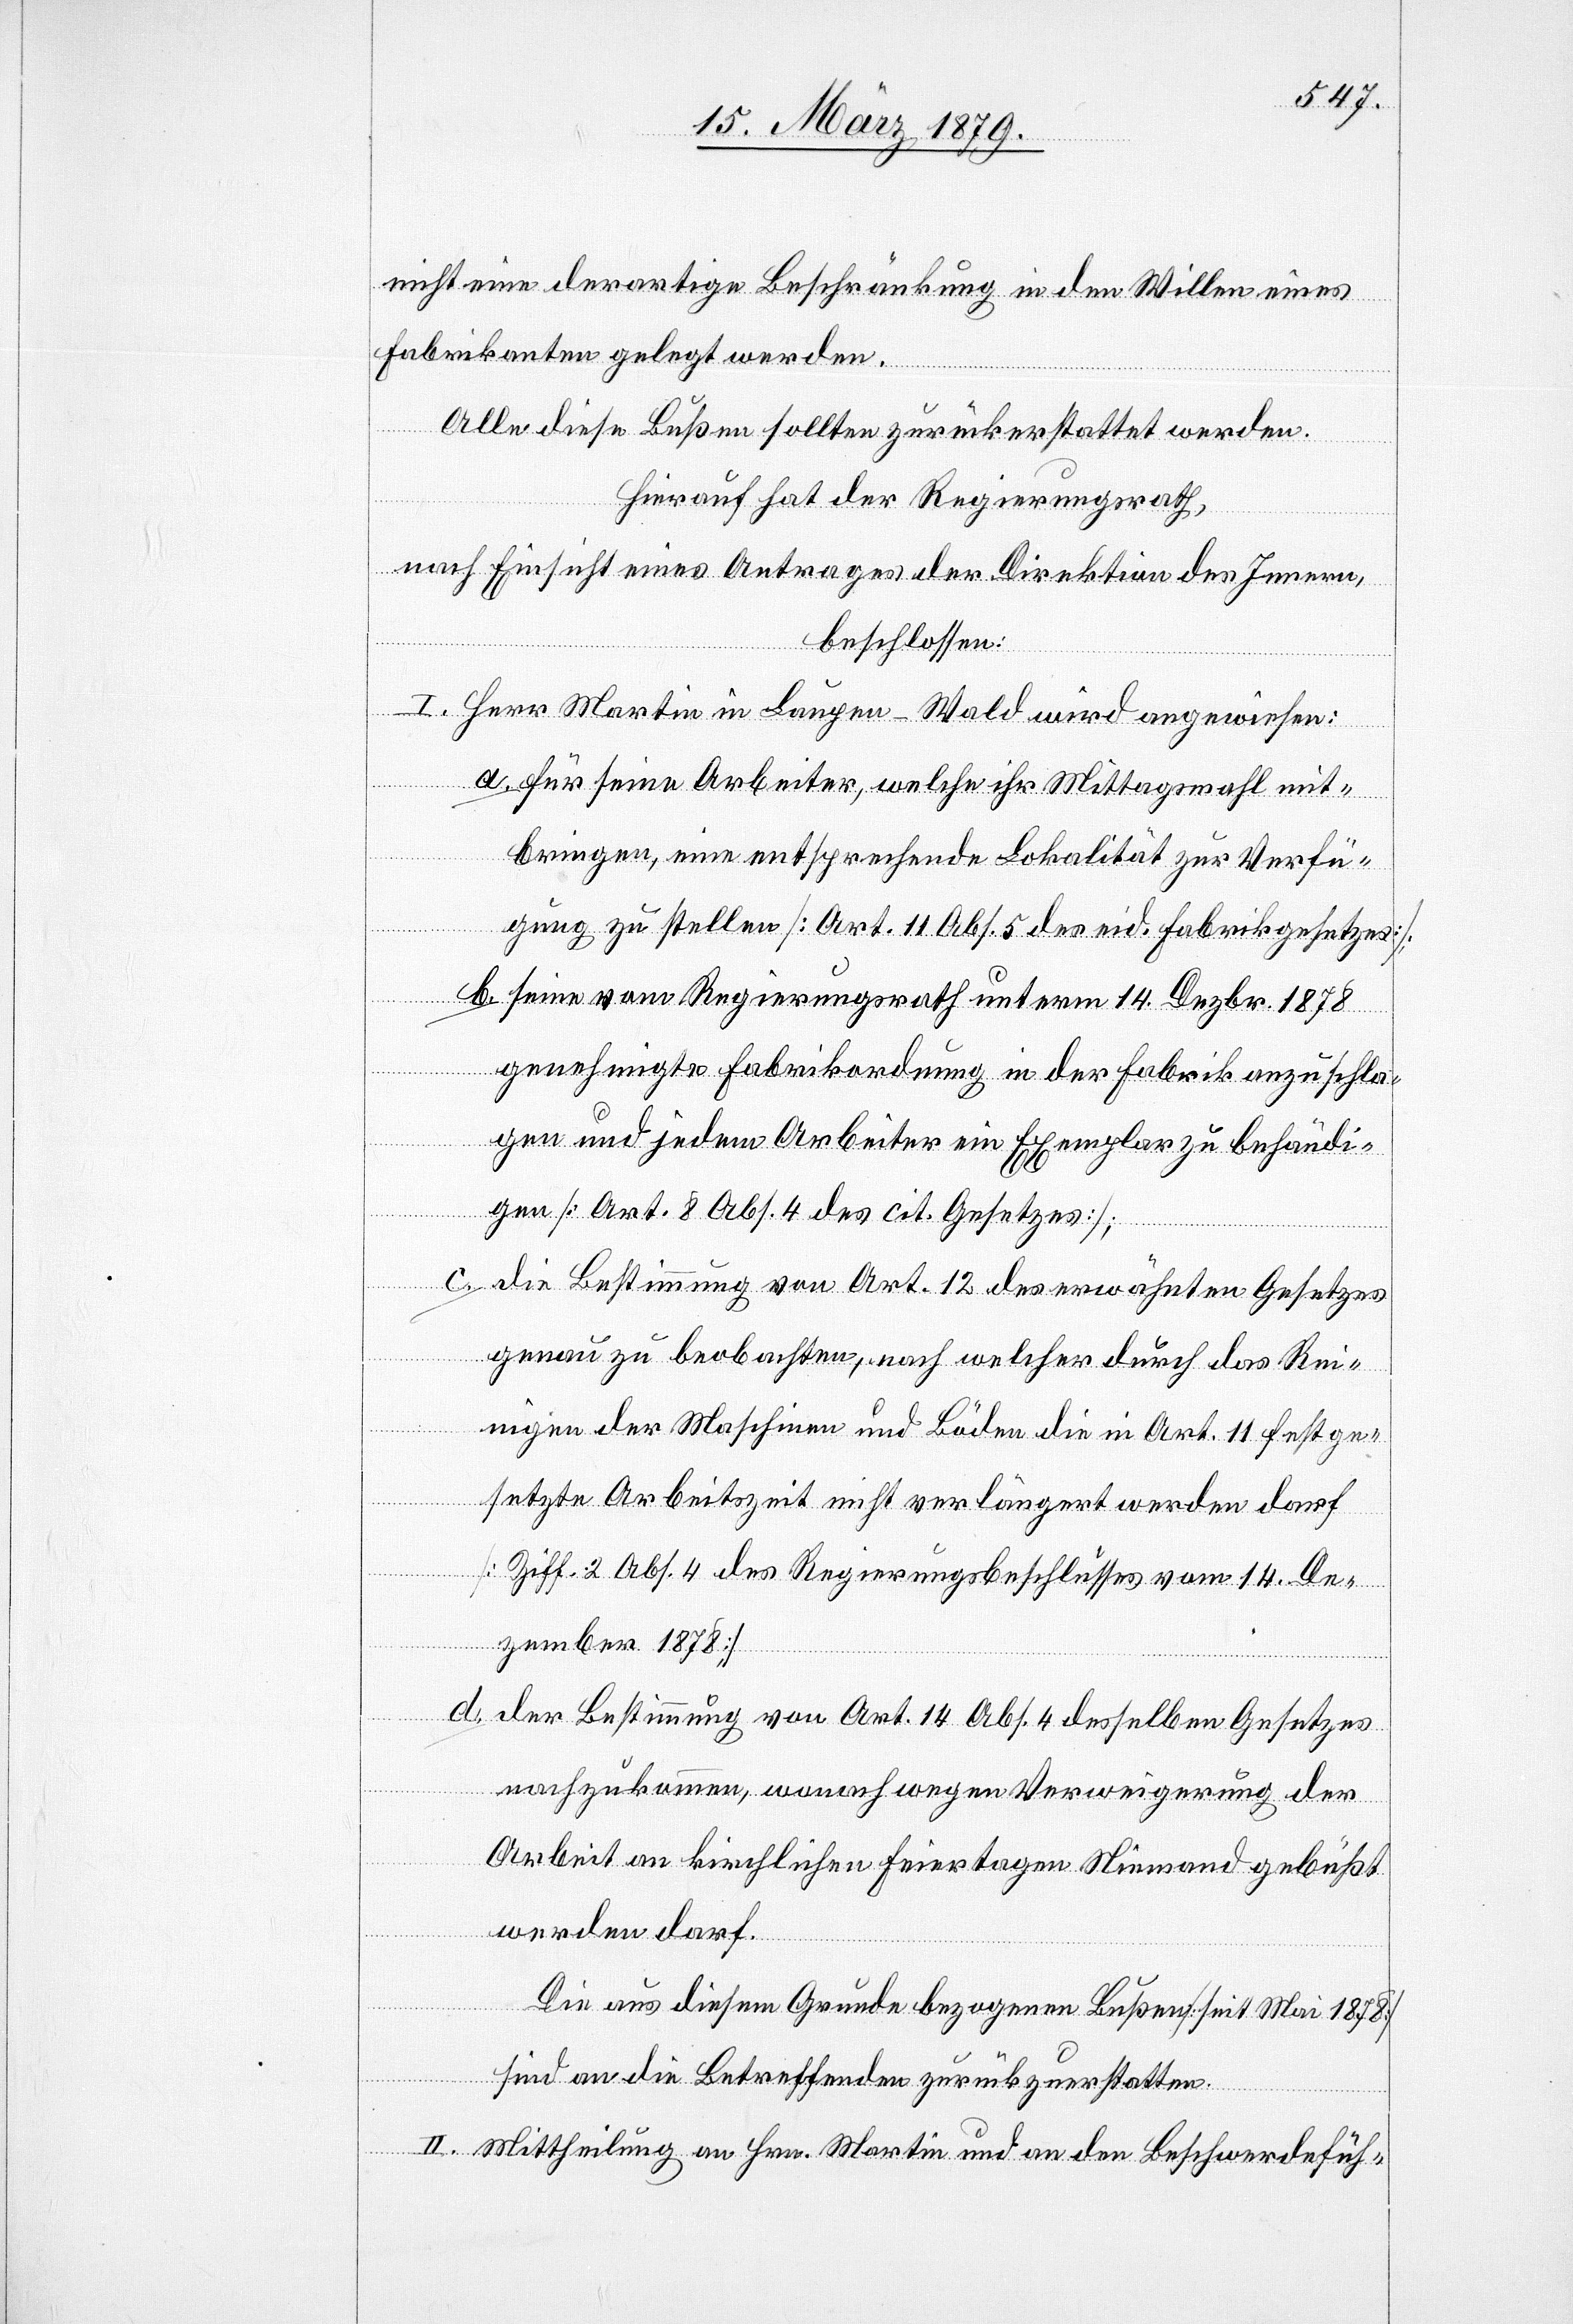
nicht eine derartige Beschränkung in den Willen eines
Fabrikanten gelegt werden.
Alle diese Bußen sollten zurückerstattet werden.
Hierauf hat der Regierungsrath,
nach Einsicht eines Antrages der Direktion des Innern,
beschlossen:
I. Herr Martin in Laupen - Wald wird angewiesen:
a. für seine Arbeiter, welche ihr Mittagsmahl mit¬
bringen, eine entsprechende Lokalität zur Verfü¬
gung zu stellen [Art. 11 Abs. 5 des eid. Fabrikgesetzes];
b. seine vom Regierungsrath unterm 14. Dezbr. 1878
genehmigte Fabrikordnung in der Fabrik anzuschla¬
gen und jedem Arbeiter ein Exemplar zu behändi¬
gen [Art. 8 Abs. 4 des cit. Gesetzes];
c. die Bestimmung von Art. 12 des erwähnten Gesetzes
genau zu beobachten, nach welcher durch das Rei¬
nigen der Maschinen und Böden die in Art. 11 festge¬
setzte Arbeitszeit nicht verlängert werden darf
[Ziff. 2 Abs. 4 des Regierungsbeschlusses vom 14. De¬
zember 1878];
d. der Bestimmung von Art. 14 Abs. 4 desselben Gesetzes
nachzukommen, wonach wegen Verweigerung der
Arbeit an kirchlichen Feiertagen Niemand gebüßt
werden darf.
Die aus diesem Grunde bezogenen Bußen [seit Mai 1878]
sind an die Betreffenden zurückzuerstatten.
II. Mittheilung an Hrn. Martin und an den Beschwerdefüh-